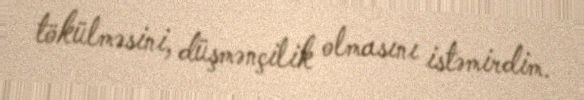
tökülməsini, düşmənçilik olmasını istəmirdim.